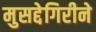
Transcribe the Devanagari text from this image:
मुसद्देगिरीने